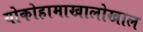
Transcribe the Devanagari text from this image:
योकोहामाखालोखाल